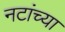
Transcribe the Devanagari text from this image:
नटांच्या